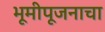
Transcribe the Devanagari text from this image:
भूमीपूजनाचा